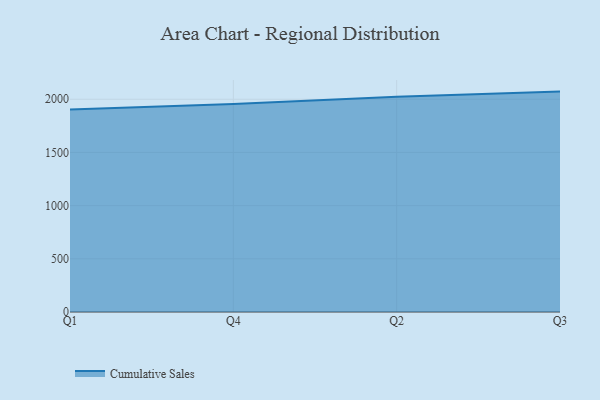
{"axis": {"x": "Quarter", "y": "Revenue (USD Million)"}, "legend": ["Cumulative Sales"], "data": [{"x": "Q1", "y": 1903.2, "type": "Cumulative Sales"}, {"x": "Q4", "y": 1955.3, "type": "Cumulative Sales"}, {"x": "Q2", "y": 2024.5, "type": "Cumulative Sales"}, {"x": "Q3", "y": 2071.9, "type": "Cumulative Sales"}]}